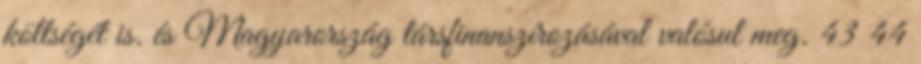
költségét is. és Magyarország társfinanszírozásával valósul meg. 43 44